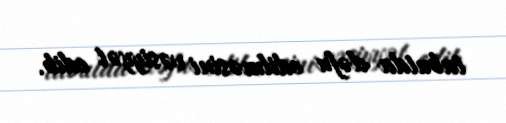
tabutda dəfn edilməsini vəsiyyət edib.